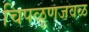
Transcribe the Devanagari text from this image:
चिपळूणजवळ